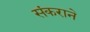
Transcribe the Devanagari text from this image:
संकराने